65_HS1-834228961_62-HQ-83894_Serial_130
Agency: FBI
Page 72
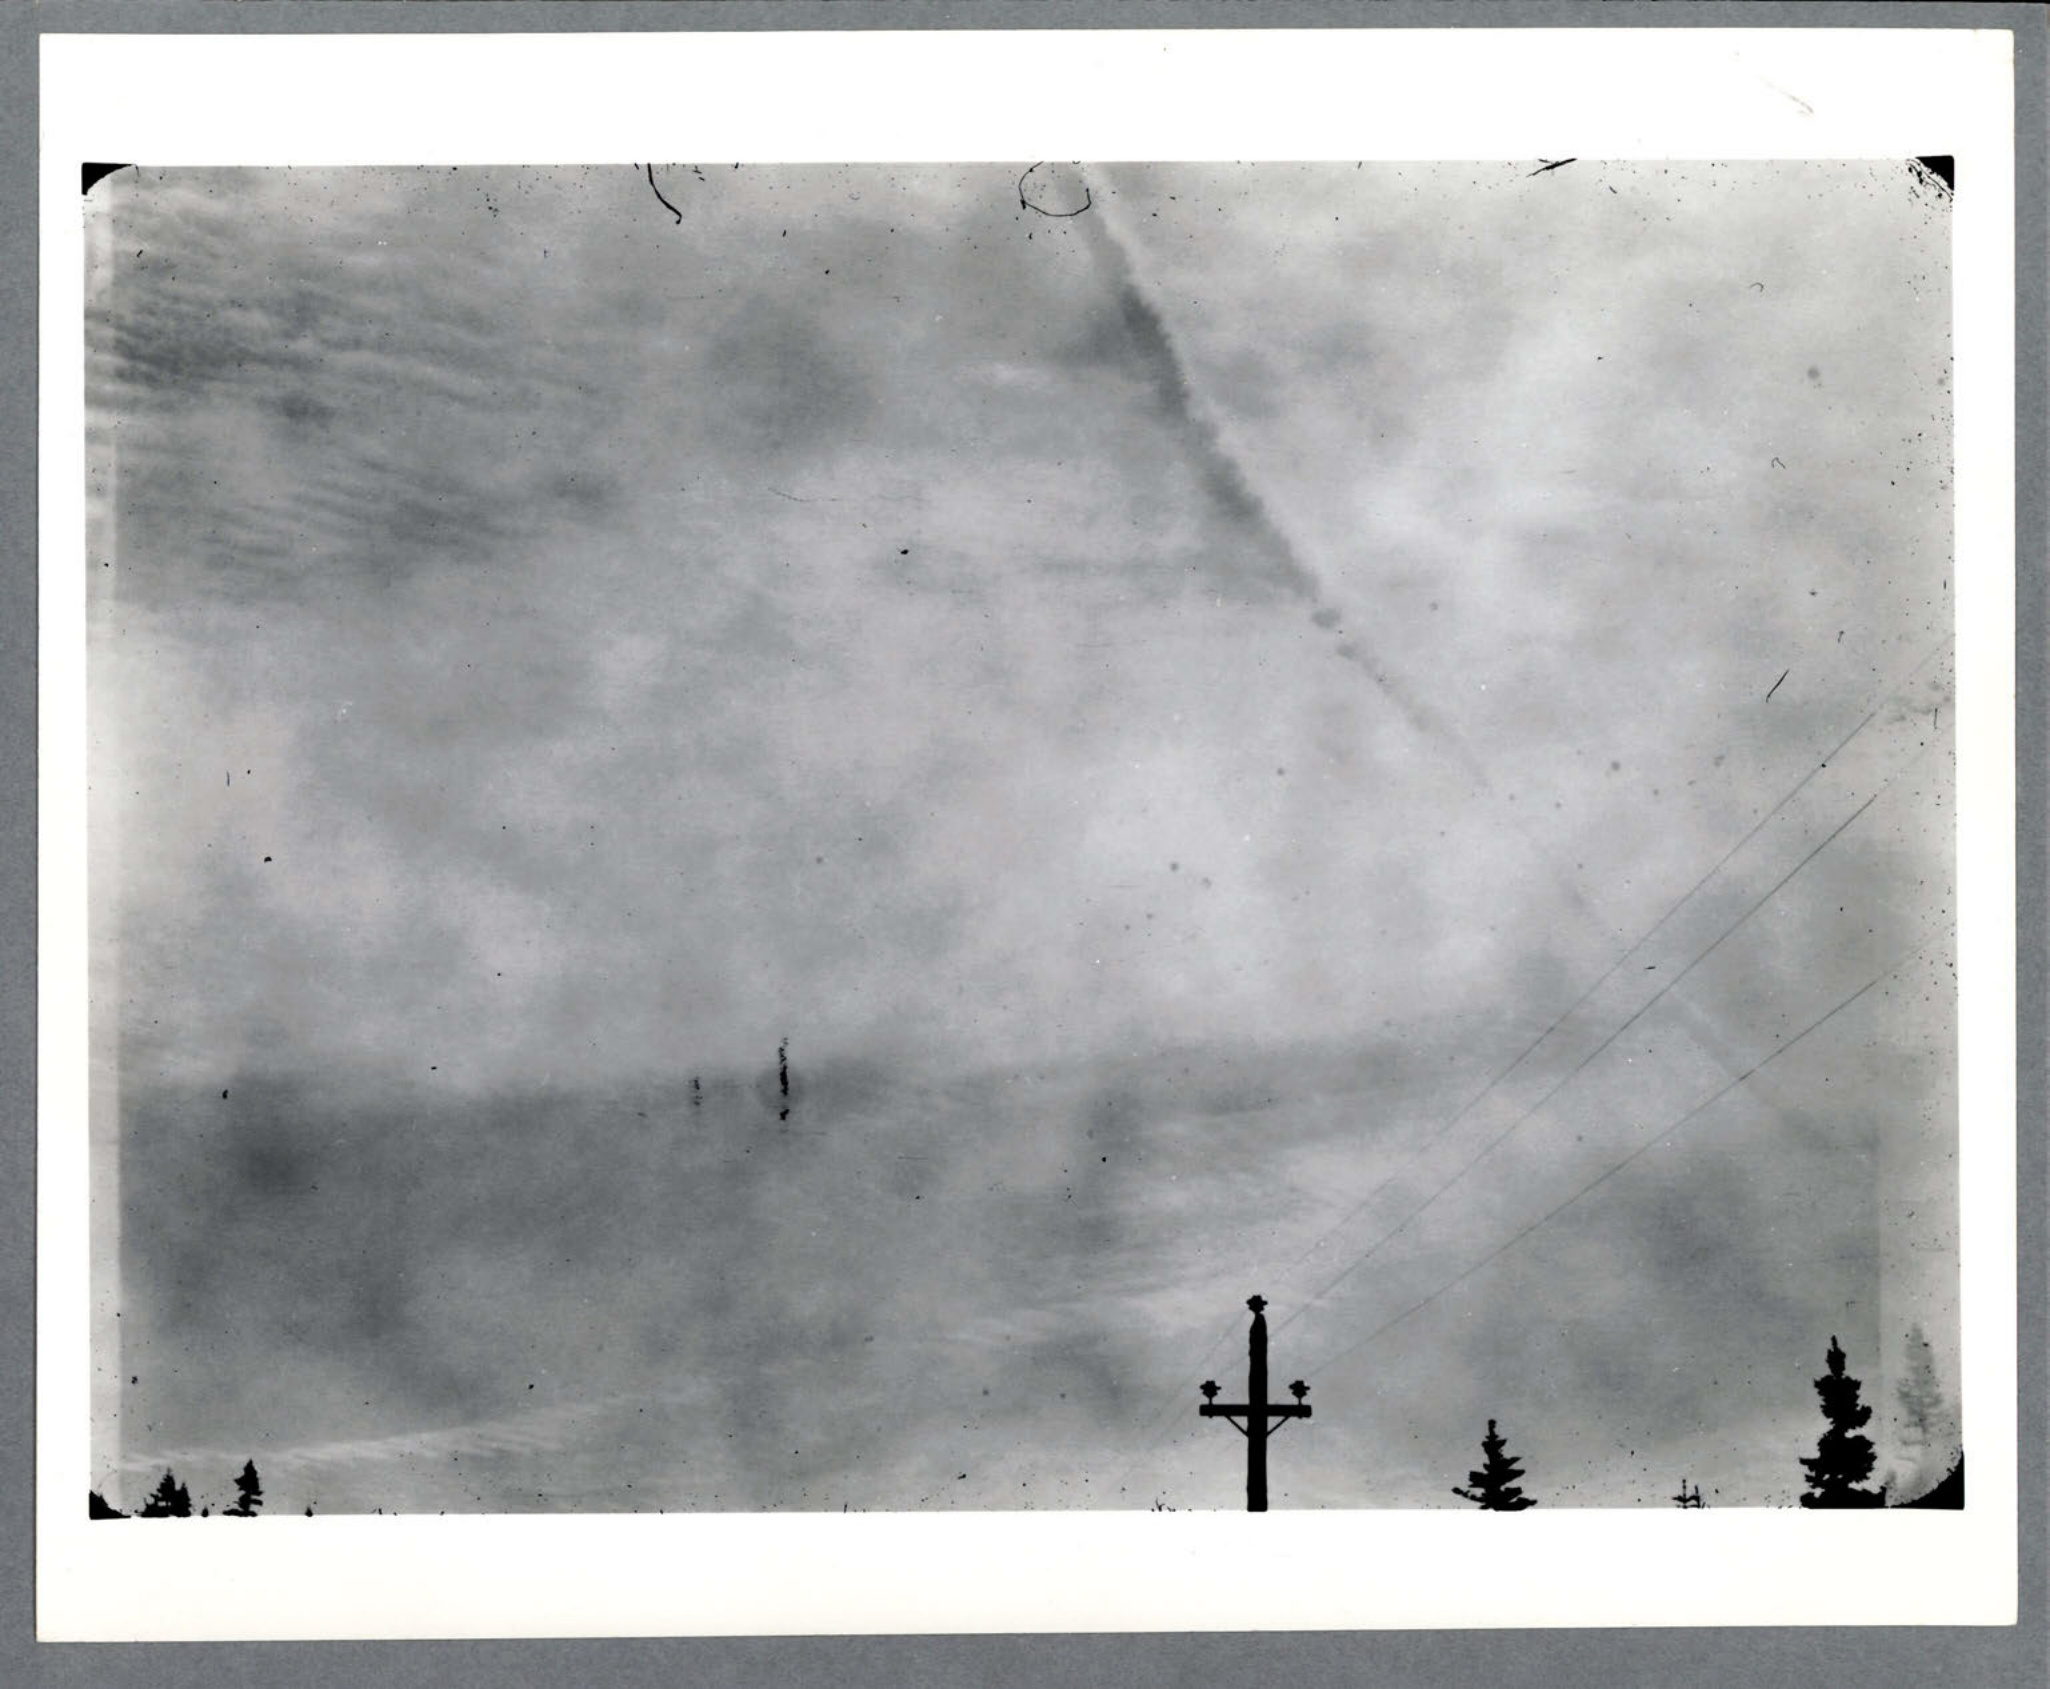